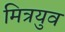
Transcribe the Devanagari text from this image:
मित्रयुव